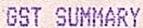
GST SUMMARY